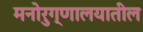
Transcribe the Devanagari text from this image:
मनोरुग्णालयातील